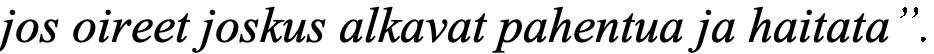
jos oireet joskus alkavat pahentua ja haitata”.